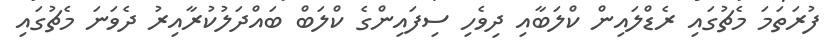
ފުރަތަމަ މެޗުގައި ރެޑްލައިން ކްލަބާއި ދިވެހި ސިފައިންގެ ކްލަބް ބައްދަލުކުރާއިރު ދެވަނަ މެޗުގައި